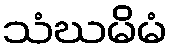
သံဃမိမံ